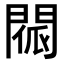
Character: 𨴳